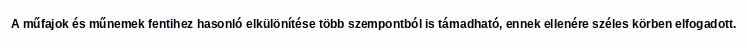
A műfajok és műnemek fentihez hasonló elkülönítése több szempontból is támadható, ennek ellenére széles körben elfogadott.